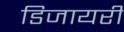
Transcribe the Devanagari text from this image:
डिजायरी